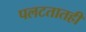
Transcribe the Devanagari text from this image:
पलटतातही